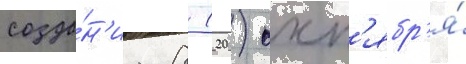
созда́н'иа 8 (20) окт'ябр'я́